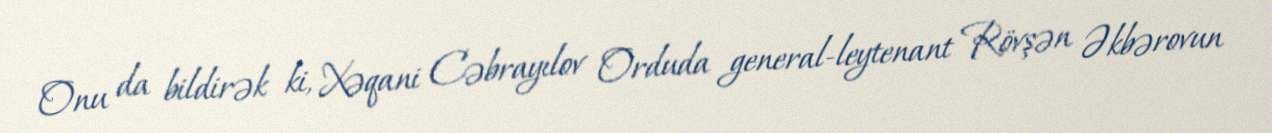
Onu da bildirək ki, Xəqani Cəbrayılov Orduda general-leytenant Rövşən Əkbərovun